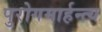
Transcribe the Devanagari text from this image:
पुरोगमार्हन्त्य